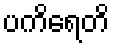
ပကိရေတိ